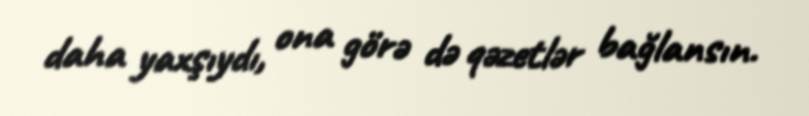
daha yaxşıydı, ona görə də qəzetlər bağlansın.